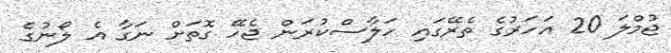
ޖުމްލަ 20 އަހަރުގެ ތެރޭގައި ހަލާސްކުރަން ޖެހޭ ގޮތަށް ނަގާ އެ ލޯނުގެ